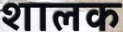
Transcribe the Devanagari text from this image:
शालक